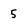
Character: 5